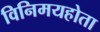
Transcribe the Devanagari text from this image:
विनिमयहोता